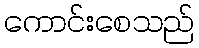
ကောင်းစေသည်